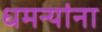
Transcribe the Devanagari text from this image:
धमन्यांना